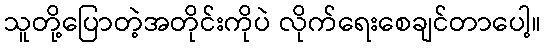
သူတို့ပြောတဲ့အတိုင်းကိုပဲ လိုက်ရေးစေချင်တာပေါ့။